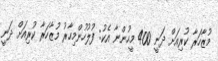
މުޒާހަރާ ކުރިއަށް ދަނީ 400 މީހުންނާ އެކު: ފުލުހުންމިހާރު މުޒާހަރާ ކުރިއަށް ދަނީ